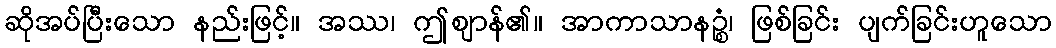
ဆိုအပ်ပြီးသော နည်းဖြင့်။ အဿ၊ ဤဈာန်၏။ အာကာသာနဉ္စံ၊ ဖြစ်ခြင်း ပျက်ခြင်းဟူသော